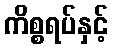
ကိစ္စရပ်နှင့်